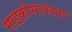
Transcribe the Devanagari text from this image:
माइक्रोसाफ्टका